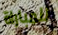
للمباراة